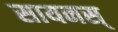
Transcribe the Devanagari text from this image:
सायनस्